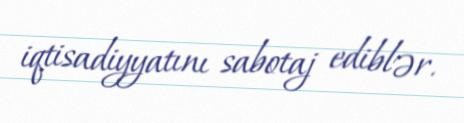
iqtisadiyyatını sabotaj ediblər.